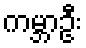
ကမ္ဘာဦး